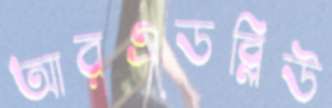
আরএডব্লিউ